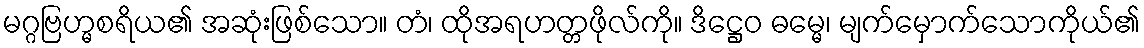
မဂ္ဂဗြဟ္မစရိယ၏ အဆုံးဖြစ်သော။ တံ၊ ထိုအရဟတ္တဖိုလ်ကို။ ဒိဋ္ဌေဝ ဓမ္မေ၊ မျက်မှောက်သောကိုယ်၏